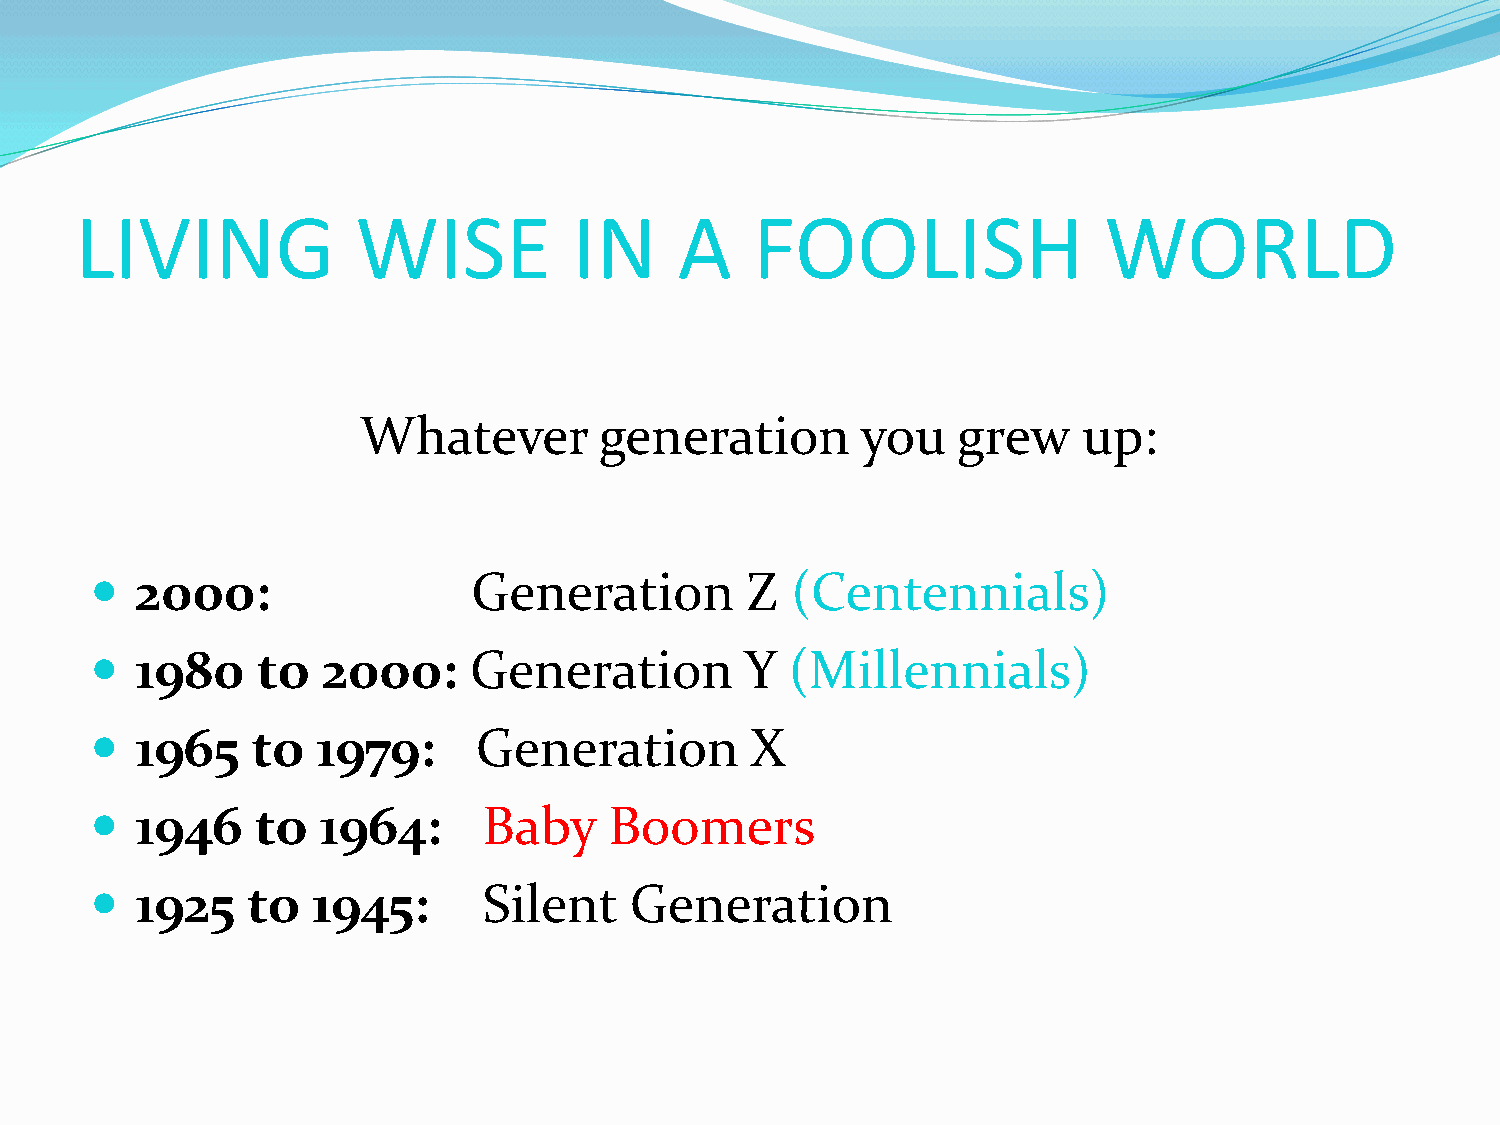
LIVING             WISE          IN     A    FOOLISH                WORLD
 Whatever        generation       you   grew     up:
   2000:                 Generation        Z  (Centennials)
   1980    to  2000:     Generation        Y  (Millennials)
   1965    to  1979:      Generation        X
   1946    to  1964:      Baby    Boomers
   1925   to   1945:      Silent    Generation